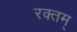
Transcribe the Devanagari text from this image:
रक्तम्